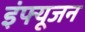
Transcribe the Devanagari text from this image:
इंफ्यूजन